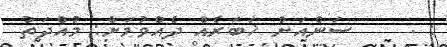
: .     ސަންއަށް ޚަބަރެއް ދެއްވުމަށް: މުއްދަތު